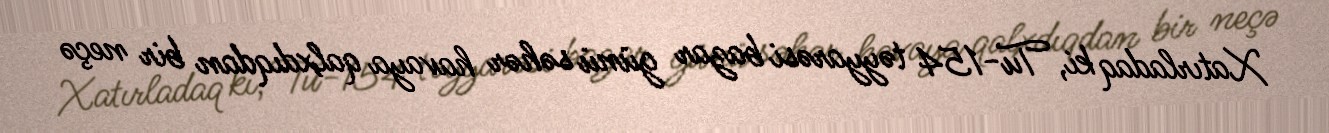
Xatırladaq ki, Tu-154 təyyarəsi bazar günü səhər havaya qalxdıqdan bir neçə